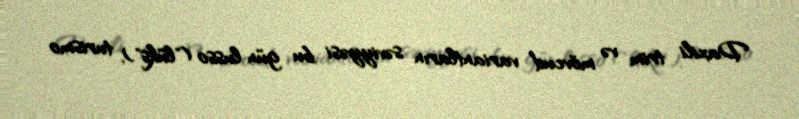
Daxili trim və mövcud variantların səviyyəsi bu gün lusso ("lüks"), turismo